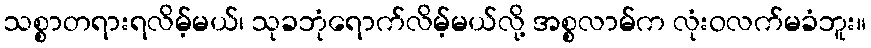
သစ္စာတရားရလိမ့်မယ်၊ သုခဘုံရောက်လိမ့်မယ်လို့ အစ္စလာမ်က လုံးဝလက်မခံဘူး။